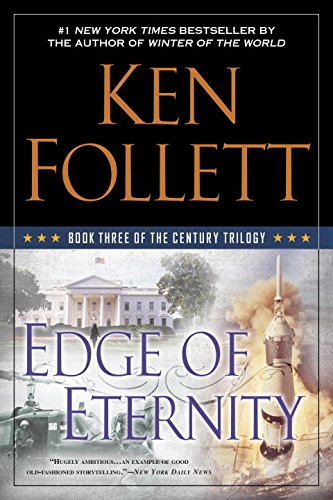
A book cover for Edge of Eternity: Book Three of the Century Trilogy; Ken Follett; Mystery, Thriller & Suspense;